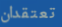
تعتقدان